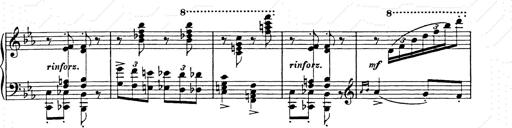
Title: Hungarian Rhapsody No.9
Composer: Franz Liszt
Key: E-flat major